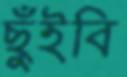
ছুঁইবি